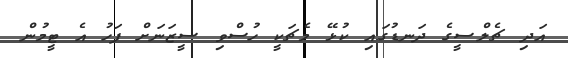
އަދި ޗެލްސީގެ ދަނޑުގައި ކުޅޭ މެޗަކީ ހުސްވި ސީޒަނަށް ފަހު އެ ޓީމުން